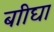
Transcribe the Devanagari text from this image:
बाीघा